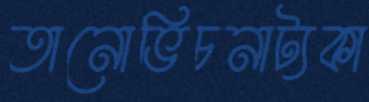
তানোভিচনাট্যকা